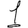
Digit: 1